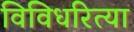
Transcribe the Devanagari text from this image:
विविधरित्या